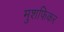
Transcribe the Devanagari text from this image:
मुशफिकर